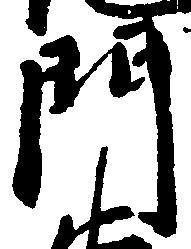
門